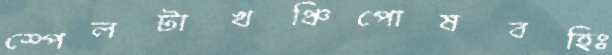
স্পেলটাখঞ্চিপোষবহিঃ